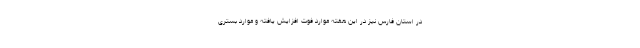
در استان فارس نیز در این هفته موارد فوت افزایش یافته و موارد بستری